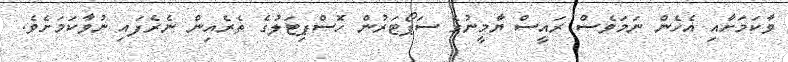
ވާކަމަށާއި އެހެން ނަމަވެސް ރައީސް ޔާމީނުގެ ސަޕޯޓަރުން ހޮސްޕިޓަލުގެ ތެރެއިން ނެރެފައި ނުވާކަމަށެވެ.